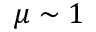
\mu \sim 1